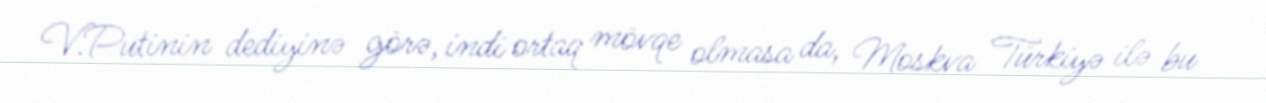
V.Putinin dediyinə görə, indi ortaq mövqe olmasa da, Moskva Türkiyə ilə bu